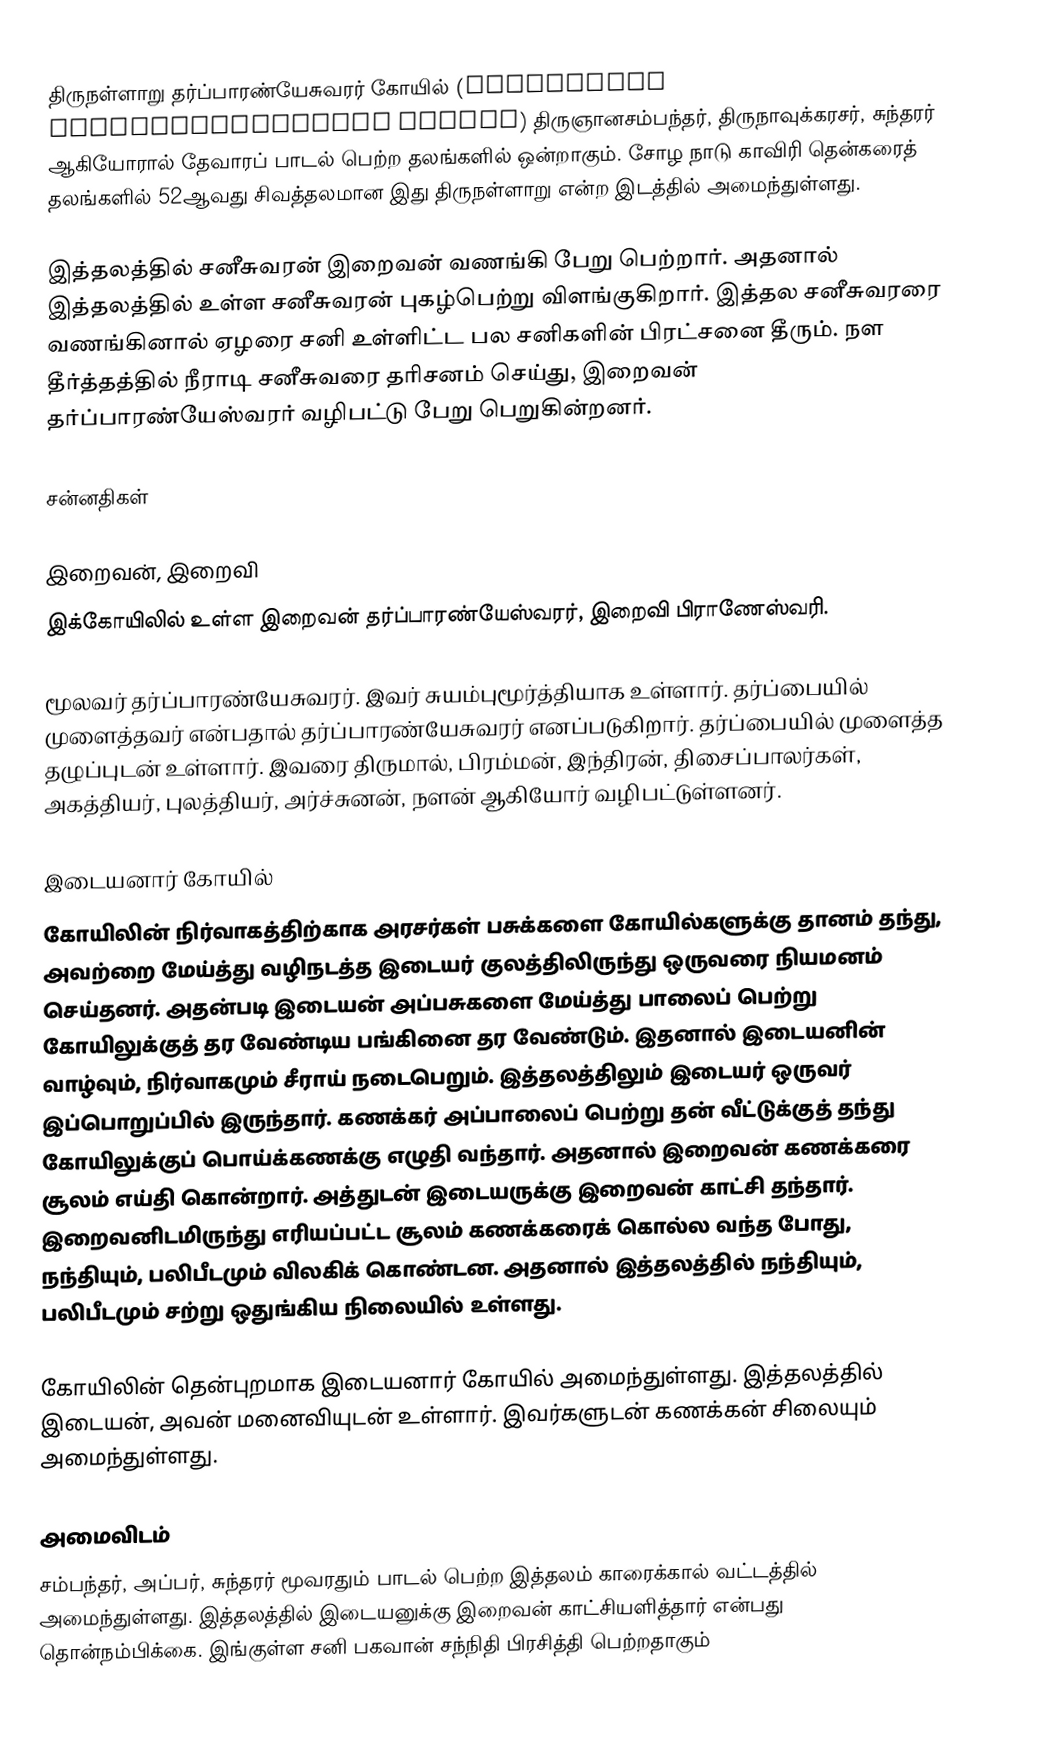
திருநள்ளாறு தர்ப்பாரண்யேசுவரர் கோயில் (Tirunallar Dharbaranyeswarar Temple) திருஞானசம்பந்தர், திருநாவுக்கரசர், சுந்தரர் ஆகியோரால் தேவாரப் பாடல் பெற்ற தலங்களில் ஒன்றாகும். சோழ நாடு காவிரி தென்கரைத் தலங்களில் 52ஆவது சிவத்தலமான இது திருநள்ளாறு என்ற இடத்தில் அமைந்துள்ளது.

இத்தலத்தில் சனீசுவரன் இறைவன் வணங்கி பேறு பெற்றார். அதனால் இத்தலத்தில் உள்ள சனீசுவரன் புகழ்பெற்று விளங்குகிறார். இத்தல சனீசுவரரை வணங்கினால் ஏழரை சனி உள்ளிட்ட பல சனிகளின் பிரட்சனை தீரும். நள தீர்த்தத்தில் நீராடி சனீசுவரை தரிசனம் செய்து, இறைவன் தர்ப்பாரண்யேஸ்வரர் வழிபட்டு பேறு பெறுகின்றனர்.

சன்னதிகள்

இறைவன், இறைவி
இக்கோயிலில் உள்ள இறைவன் தர்ப்பாரண்யேஸ்வரர், இறைவி பிராணேஸ்வரி.

மூலவர் தர்ப்பாரண்யேசுவரர். இவர் சுயம்புமூர்த்தியாக உள்ளார். தர்ப்பையில் முளைத்தவர் என்பதால் தர்ப்பாரண்யேசுவரர் எனப்படுகிறார். தர்ப்பையில் முளைத்த தழுப்புடன் உள்ளார். இவரை திருமால், பிரம்மன், இந்திரன், திசைப்பாலர்கள், அகத்தியர், புலத்தியர், அர்ச்சுனன், நளன் ஆகியோர் வழிபட்டுள்ளனர்.

இடையனார் கோயில்
கோயிலின் நிர்வாகத்திற்காக அரசர்கள் பசுக்களை கோயில்களுக்கு தானம் தந்து, அவற்றை மேய்த்து வழிநடத்த இடையர் குலத்திலிருந்து ஒருவரை நியமனம் செய்தனர். அதன்படி இடையன் அப்பசுகளை மேய்த்து பாலைப் பெற்று கோயிலுக்குத் தர வேண்டிய பங்கினை தர வேண்டும். இதனால் இடையனின் வாழ்வும், நிர்வாகமும் சீராய் நடைபெறும். இத்தலத்திலும் இடையர் ஒருவர் இப்பொறுப்பில் இருந்தார். கணக்கர் அப்பாலைப் பெற்று தன் வீட்டுக்குத் தந்து கோயிலுக்குப் பொய்க்கணக்கு எழுதி வந்தார். அதனால் இறைவன் கணக்கரை சூலம் எய்தி கொன்றார். அத்துடன் இடையருக்கு இறைவன் காட்சி தந்தார். இறைவனிடமிருந்து எரியப்பட்ட சூலம் கணக்கரைக் கொல்ல வந்த போது, நந்தியும், பலிபீடமும் விலகிக் கொண்டன. அதனால் இத்தலத்தில் நந்தியும், பலிபீடமும் சற்று ஒதுங்கிய நிலையில் உள்ளது.

கோயிலின் தென்புறமாக இடையனார் கோயில் அமைந்துள்ளது. இத்தலத்தில் இடையன், அவன் மனைவியுடன் உள்ளார். இவர்களுடன் கணக்கன் சிலையும் அமைந்துள்ளது.

அமைவிடம்
சம்பந்தர், அப்பர், சுந்தரர் மூவரதும் பாடல் பெற்ற இத்தலம் காரைக்கால் வட்டத்தில் அமைந்துள்ளது. இத்தலத்தில் இடையனுக்கு இறைவன் காட்சியளித்தார் என்பது தொன்நம்பிக்கை. இங்குள்ள சனி பகவான் சந்நிதி பிரசித்தி பெற்றதாகும்